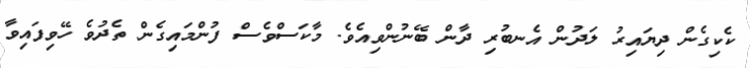
ކެކިގެން ދިޔައިރު ލަދުން އެނބުރި ދާން ބޭނުންވިއެވެ. މާކަސްވެސް ފުންމައިގެން ތެދުވެ ހޭވިފައިވާ